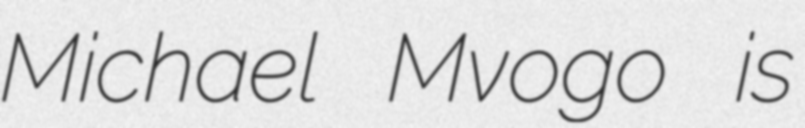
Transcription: Michael Mvogo is